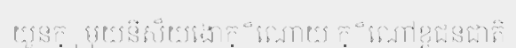
យួនក្ុមុយនីស៏យងោក្៏ណោយ ក្៏ណៅខ្តជនជាតិ